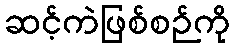
ဆင့်ကဲဖြစ်စဉ်ကို